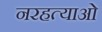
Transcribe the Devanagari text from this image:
नरहत्याओं